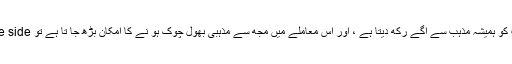
کیونکہ میرا دماغ جو انسانیت کو ہمیشہ مذہب سے آگے رکھ دیتا ہے ، اور اس معاملے میں مجھ سے مذہبی بھول چوک ہو نے کا امکان بڑھ جا تا ہے تو safe sideکے لئے ان سے پو چھا ۔